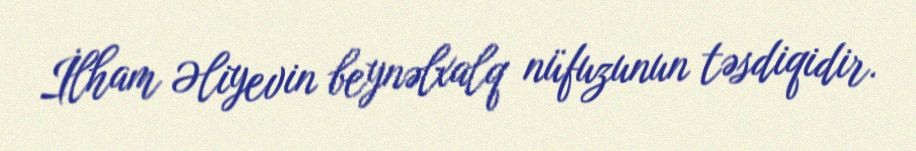
İlham Əliyevin beynəlxalq nüfuzunun təsdiqidir.